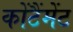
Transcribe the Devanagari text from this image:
कोंटैंमेंट